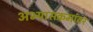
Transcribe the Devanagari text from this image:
अभ्यासक्रमांवर